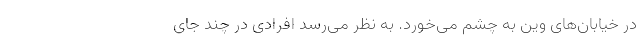
در خیابان‌های وین به چشم می‌خورد. به نظر می‌رسد افرادی در چند جای